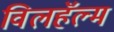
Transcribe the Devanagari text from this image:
विलहॅल्म